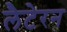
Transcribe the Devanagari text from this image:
लैटेरन